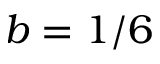
b = 1 / 6